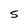
Character: 5